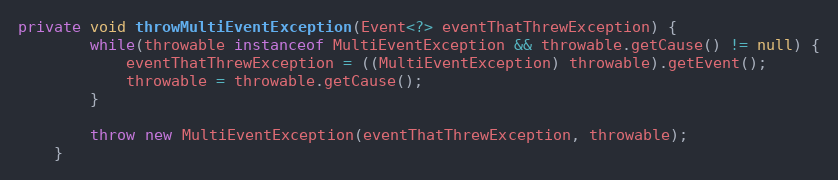
Language: Java
private void throwMultiEventException(Event<?> eventThatThrewException) {
        while(throwable instanceof MultiEventException && throwable.getCause() != null) {
            eventThatThrewException = ((MultiEventException) throwable).getEvent();
            throwable = throwable.getCause();
        }

        throw new MultiEventException(eventThatThrewException, throwable);
    }